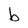
Character: b